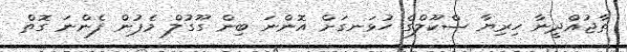
ތާޖުއްދީނާ ހިރިޔާ ސްކޫލްގެ ހުޅަނގަށް އޮންނަ ބިން ގޫގުލް މެޕުން ފެންނަ ގޮތް